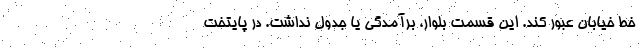
خط خیابان عبور کند. این قسمت بلوار، برآمدگی یا جدول نداشت. در پایتخت